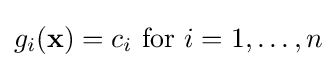
g_{i}(\mathbf {x} )=c_{i}~\mathrm {for~} i=1,\ldots ,n